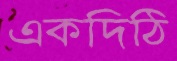
একদিঠি